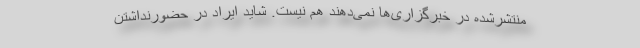
منتشر‌شده در خبرگزاری‌ها نمی‌دهند هم نیست. شاید ایراد در حضورنداشتن